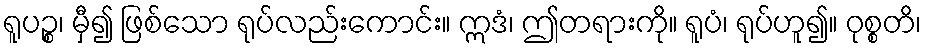
ရူပဉ္စ၊ မှီ၍ ဖြစ်သော ရုပ်လည်းကောင်း။ ဣဒံ၊ ဤတရားကို။ ရူပံ၊ ရုပ်ဟူ၍။ ဝုစ္စတိ၊